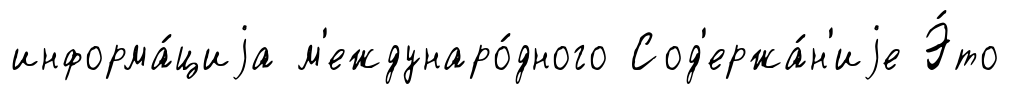
информа́циjа м'еждунаро́дного Сод'ержа́н'иjе Э́то